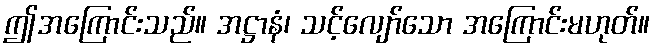
ဤအကြောင်းသည်။ အဋ္ဌာနံ၊ သင့်လျော်သော အကြောင်းမဟုတ်။